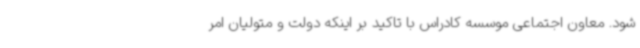
شود. معاون اجتماعی موسسه کادراس با تاکید بر اینکه دولت و متولیان امر